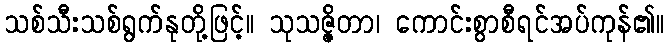
သစ်သီးသစ်ရွက်နုတို့ဖြင့်။ သုသဇ္ဇိတာ၊ ကောင်းစွာစီရင်အပ်ကုန်၏။